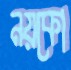
নয়কো